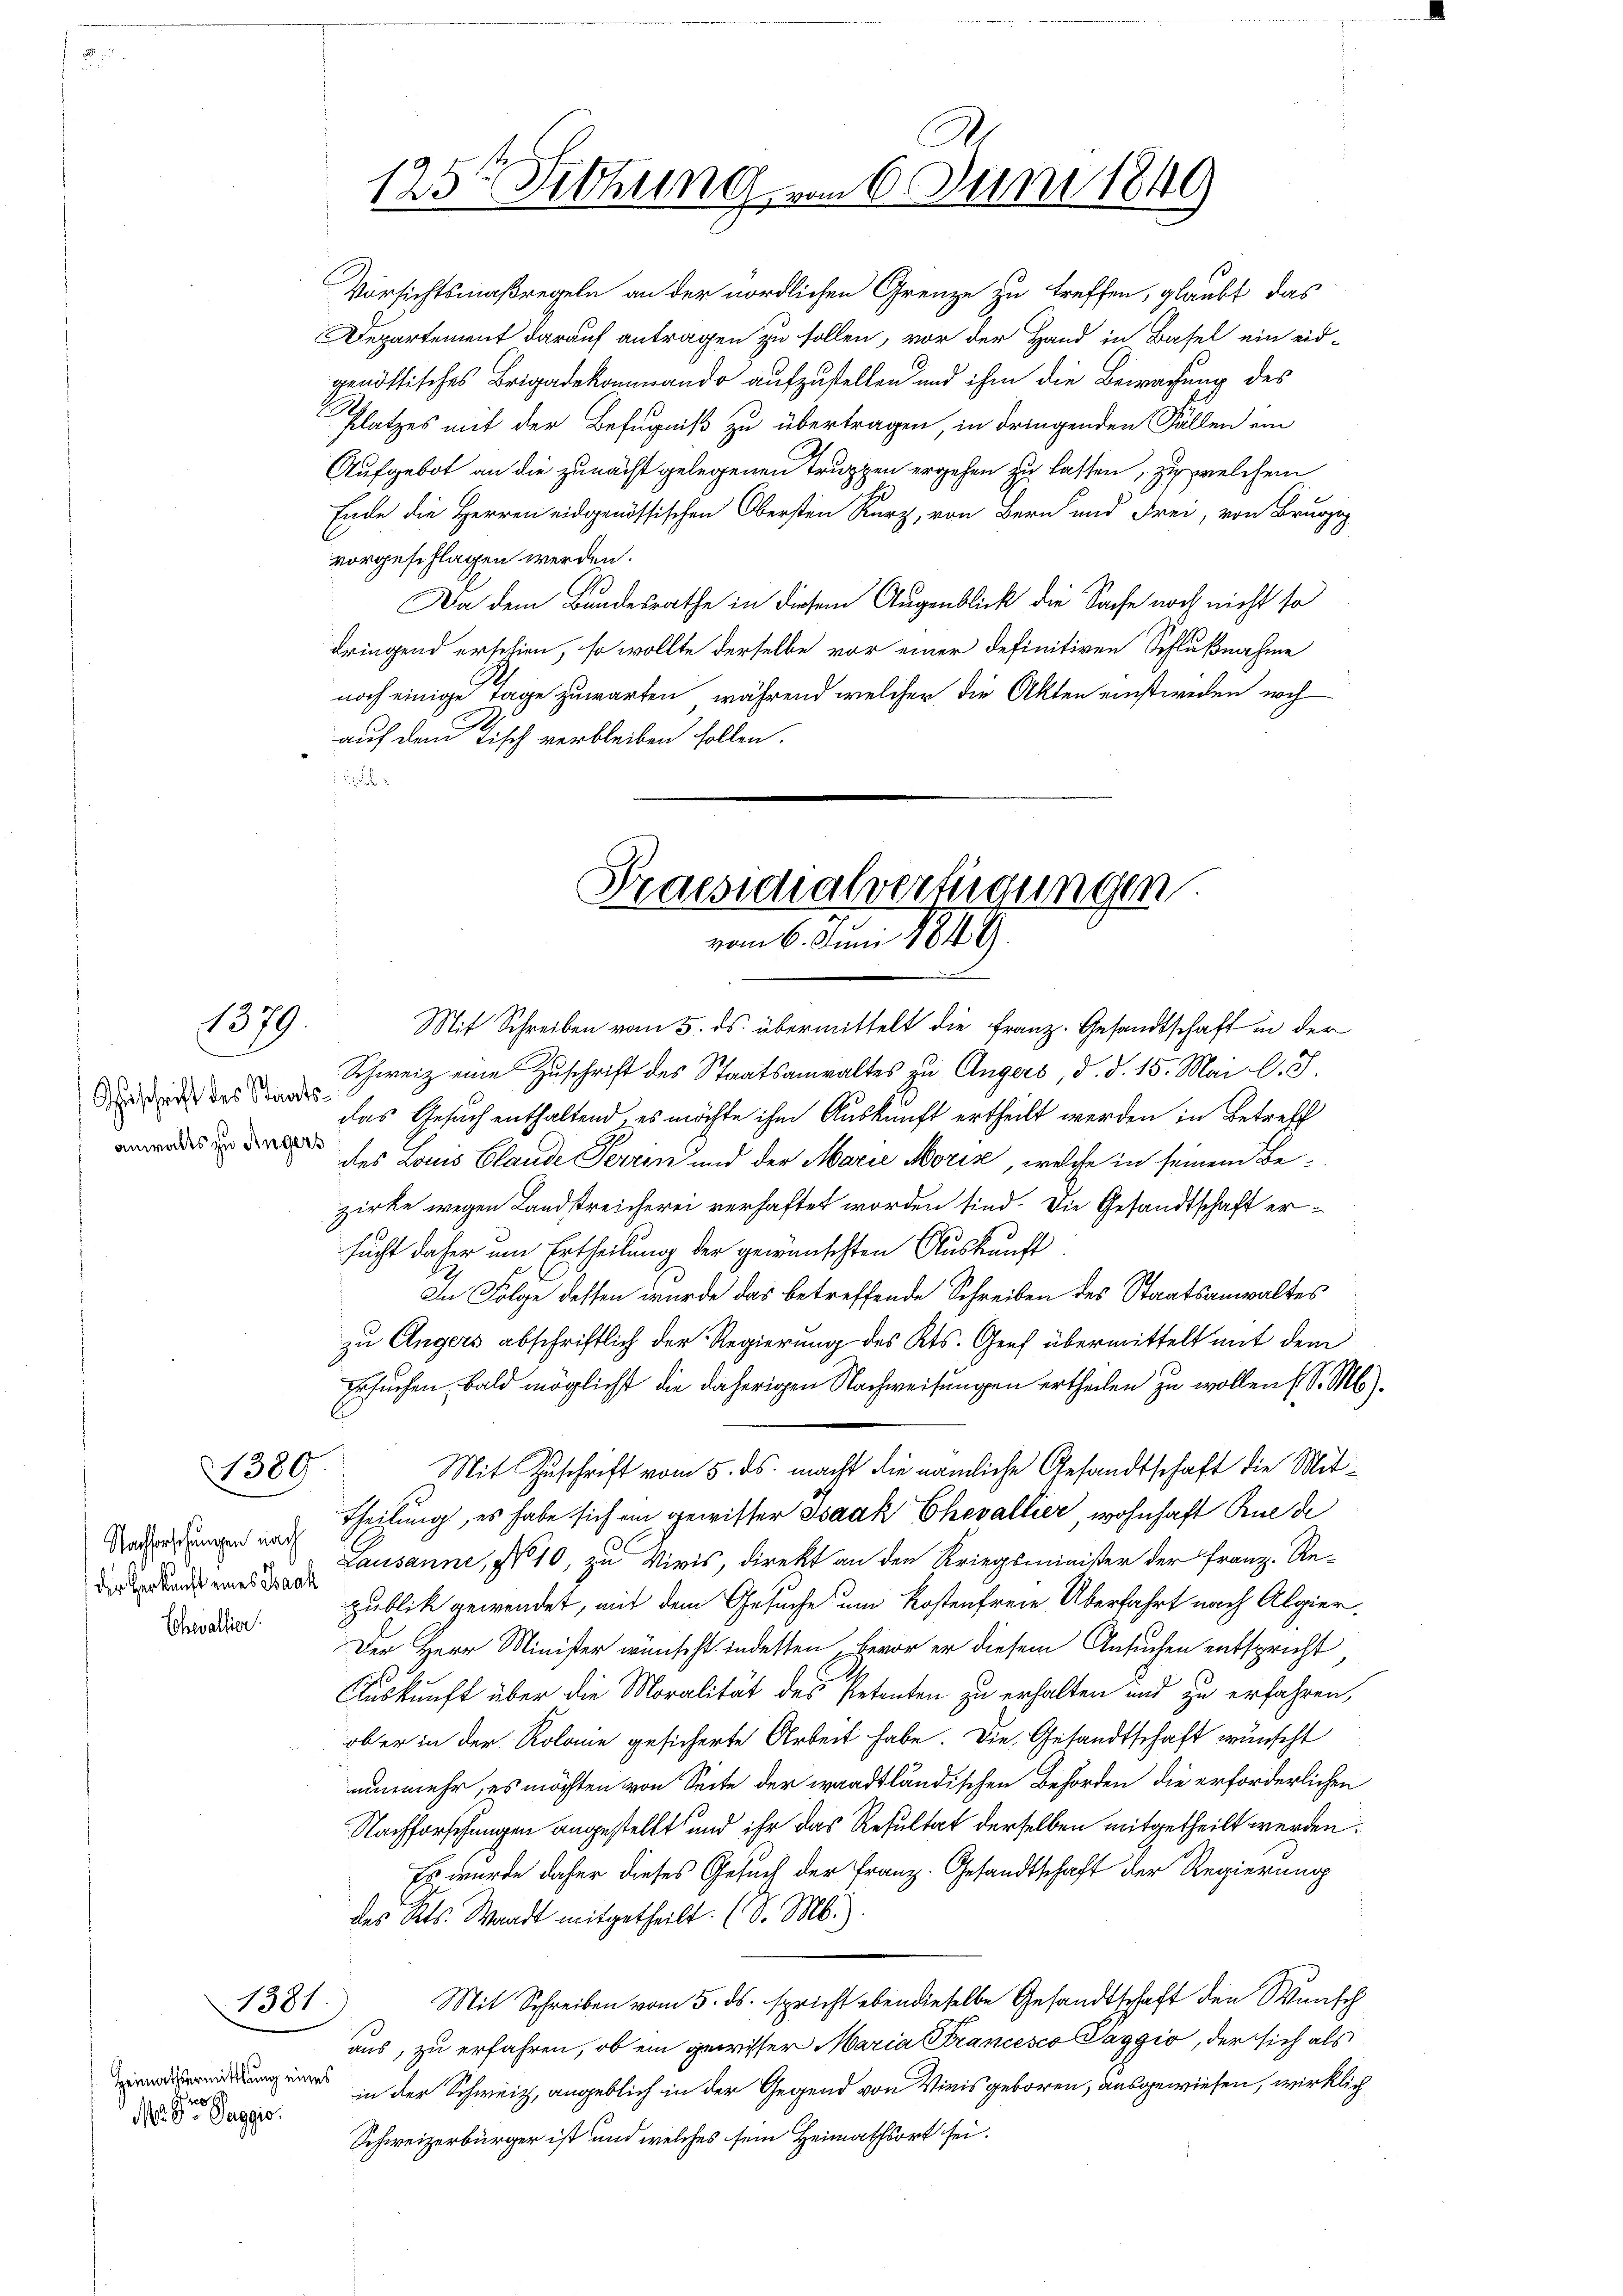
1379

Aeschrift des Staatsanwalts zu Angers

1389

Chevallier

1381.

s
N. Dr. Paggio.

123. Sitzung vom 6. Juni 1849

Aufgebot an die zunächst gelegenen Truppen ergehen zu lassen, zu welchem
Ende die Herren eidgenössischen Obersten Kurz, von Bern und Frei, von Brunzi
vorgeschlagen werden.
Da dem Bundesrathe in diesem Augenblick die Sache noch nicht so
dringend erschien, so wollte derselbe vor einer definitiven Schlußnahme
noch einige Tage zuwarten, während welcher die Akten einstweden noch
auf dem Tisch verbleiben sollen.

Vorsichtsmaßregeln an der nördlichen Grenze zu treffen, glaubt das
Departement darauf antragen zu sollen, vor der Hand in Basel ein eidgenössisches Brigadekommando aufzustellen und ihm die Bewachung des
Platzes mit der Befugniß zu übertragen, in dringenden Fällen ein

C
raesidialverfügungen.
vom 6. Juni 1849

Mit Schreiben vom 5. ds. übermittelt die Franz. Gesandtschaft in der
Schweiz eine Zuschrift des Staatsanwaltes zu Angers, d. d. 15. Mai l. J.
das Gesuch enthaltend es möchte ihm Auskunft ertheilt werden in Betreff
des Louis Blande Terrin und der Marie Morise, welche in seinem Bezirke wegen Landstreicherei verhaftet worden sind. Die Gesandtschaft ersucht daher um Ertheilung der gewünschten Auskunft
In Folge dessen wurde das betreffende Schreiben des Staatsanwaltes
zu Angers abschriftlich der Regierung des Kts. Genf übermittelt mit dem
Ersuchen, bald möglicht die daherigen Nachweisungen ertheilen zu wollen (S. M.).
Mit Zuschrift vom 5. ds. macht die nämliche Gesandtschaft die Mit¬
Dahrungen und Theilung, es habe sich ein gewisser Isaak Chevallier, wohnhaft Ruede
Den Lausanne, No 10, zu Vivis, direkt an den Kriegsminister der Franz. Re-
publik gewendet, mit dem Gesuche um Kostenfreie Überfahrt nach Algier,
Der Herr Minister wünscht indesten Bevor er diesem Ansuchen entspricht
Auskunft über die Moralität des Petenten zu erhalten und zu erfahren,
ober in der Kolonie gesicherte Arbeit habe. Die Gesandtschaft wünscht
nunmehr, es möchten von Seite der waadtländischen Behörden die erforderlichen
Nachforschungen angestellt und ihr das Resultat derselben mitgetheilt werden.
Es wurde daher dieses Gesuch der Franz. Gesandtschaft der Regierung
des Kts. Waadt mitgetheilt. (S. M.)
Mit Schreiben vom 5. ds. spricht eben dieselbe Gesandtschaft den Wunsch
aus, zu erfahren, ob ein gewisser Maria Francesco Paggio, der sich als
gn in der Schweiz, angeblich in der Gegend von Viris geboren, ausgewiesen, wirklich
Schweizerbürger ist und welches sein Heimathsort sei.